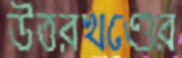
উত্তরখণ্ডের